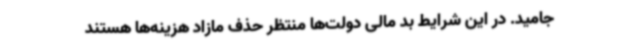
جامید. در این شرایط بد مالی دولت‌ها منتظر حذف مازاد هزینه‌ها هستند